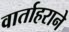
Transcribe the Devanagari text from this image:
वार्ताहराने